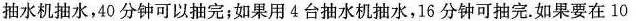
抽水机抽水，40分钟可以抽完；如果用4台抽水机抽水，16分钟可抽完.如果要在10